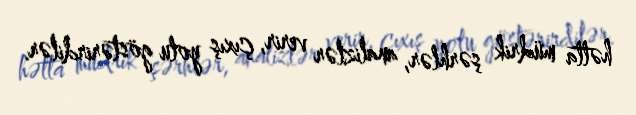
hətta müdrik şərhlər, analizlər verir, çıxış yolu göstərirdilər.